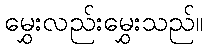
မွှေးလည်းမွှေးသည်။